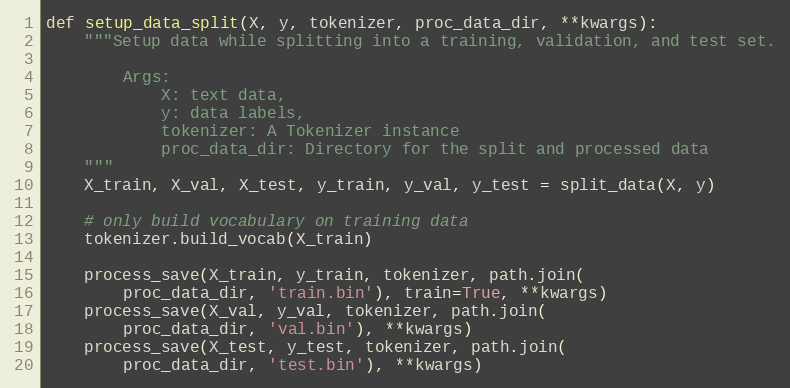
Language: Python
def setup_data_split(X, y, tokenizer, proc_data_dir, **kwargs):
    """Setup data while splitting into a training, validation, and test set.

        Args:
            X: text data,
            y: data labels,
            tokenizer: A Tokenizer instance
            proc_data_dir: Directory for the split and processed data
    """
    X_train, X_val, X_test, y_train, y_val, y_test = split_data(X, y)

    # only build vocabulary on training data
    tokenizer.build_vocab(X_train)

    process_save(X_train, y_train, tokenizer, path.join(
        proc_data_dir, 'train.bin'), train=True, **kwargs)
    process_save(X_val, y_val, tokenizer, path.join(
        proc_data_dir, 'val.bin'), **kwargs)
    process_save(X_test, y_test, tokenizer, path.join(
        proc_data_dir, 'test.bin'), **kwargs)